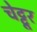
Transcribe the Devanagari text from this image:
चेट्टूर